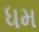
ધમ